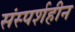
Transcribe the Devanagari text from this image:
संस्पर्शहीन